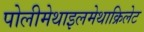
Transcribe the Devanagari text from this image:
पोलीमेथाइलमेथाक्रिलेट